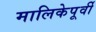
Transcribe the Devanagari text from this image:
मालिकेपूर्वी